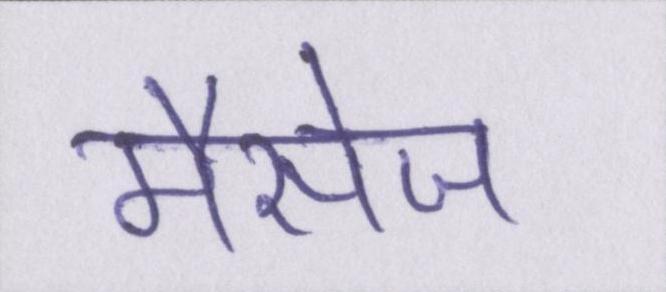
मैसेज